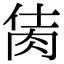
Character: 𦚘